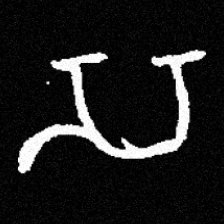
Pyu character \u2014 Myanmar letter: သ (romanized: sa)